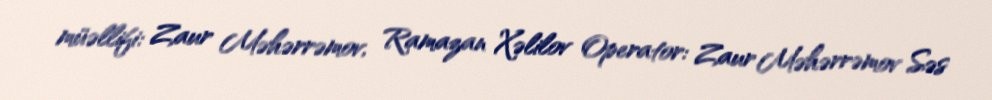
müəllifi: Zaur Məhərrəmov, Ramazan Xəlilov Operator: Zaur Məhərrəmov Səs